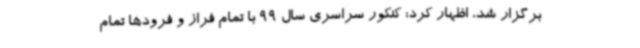
برگزار شد، اظهار کرد: کنکور سراسری سال 99 با تمام فراز و فرودها تمام